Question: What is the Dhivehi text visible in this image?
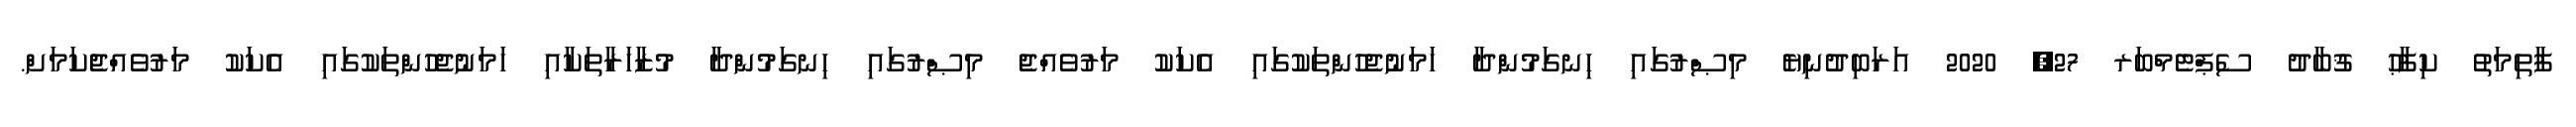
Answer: ފާތިމަތު ކިފާޙު ޤުބާދު ސެޕްޓެމްބަރ 27, 2020 އަރަބިދުނިޔެ މިޞްރުގައި ހިނގަމުންދާ ހަމަނުޖެހުންތަކުގައި އެކަކު މަރުވެއްޖެ މިޞްރުގައި ހިނގަމުންދާ މުޒާހަރާތަކާއި ހަމަނުޖެހުންތަކުގައި އެކަކު މަރުވެއްޖެކަމަށް.